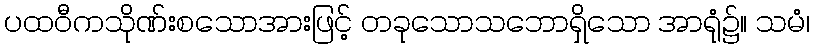
ပထဝီကသိုဏ်းစသောအားဖြင့် တခုသောသဘောရှိသော အာရုံ၌။ သမံ၊